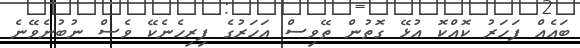
ބައެއް ފަހަރު ކޮއްކޮ އުޅޭ ގޮތުން ތޭވިސް އަހަރުގެ ފިރިހެނެކޭ ވެސް ނުބުނެވޭނެ